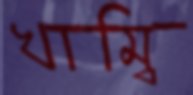
খাম্বি